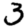
Digit: 3